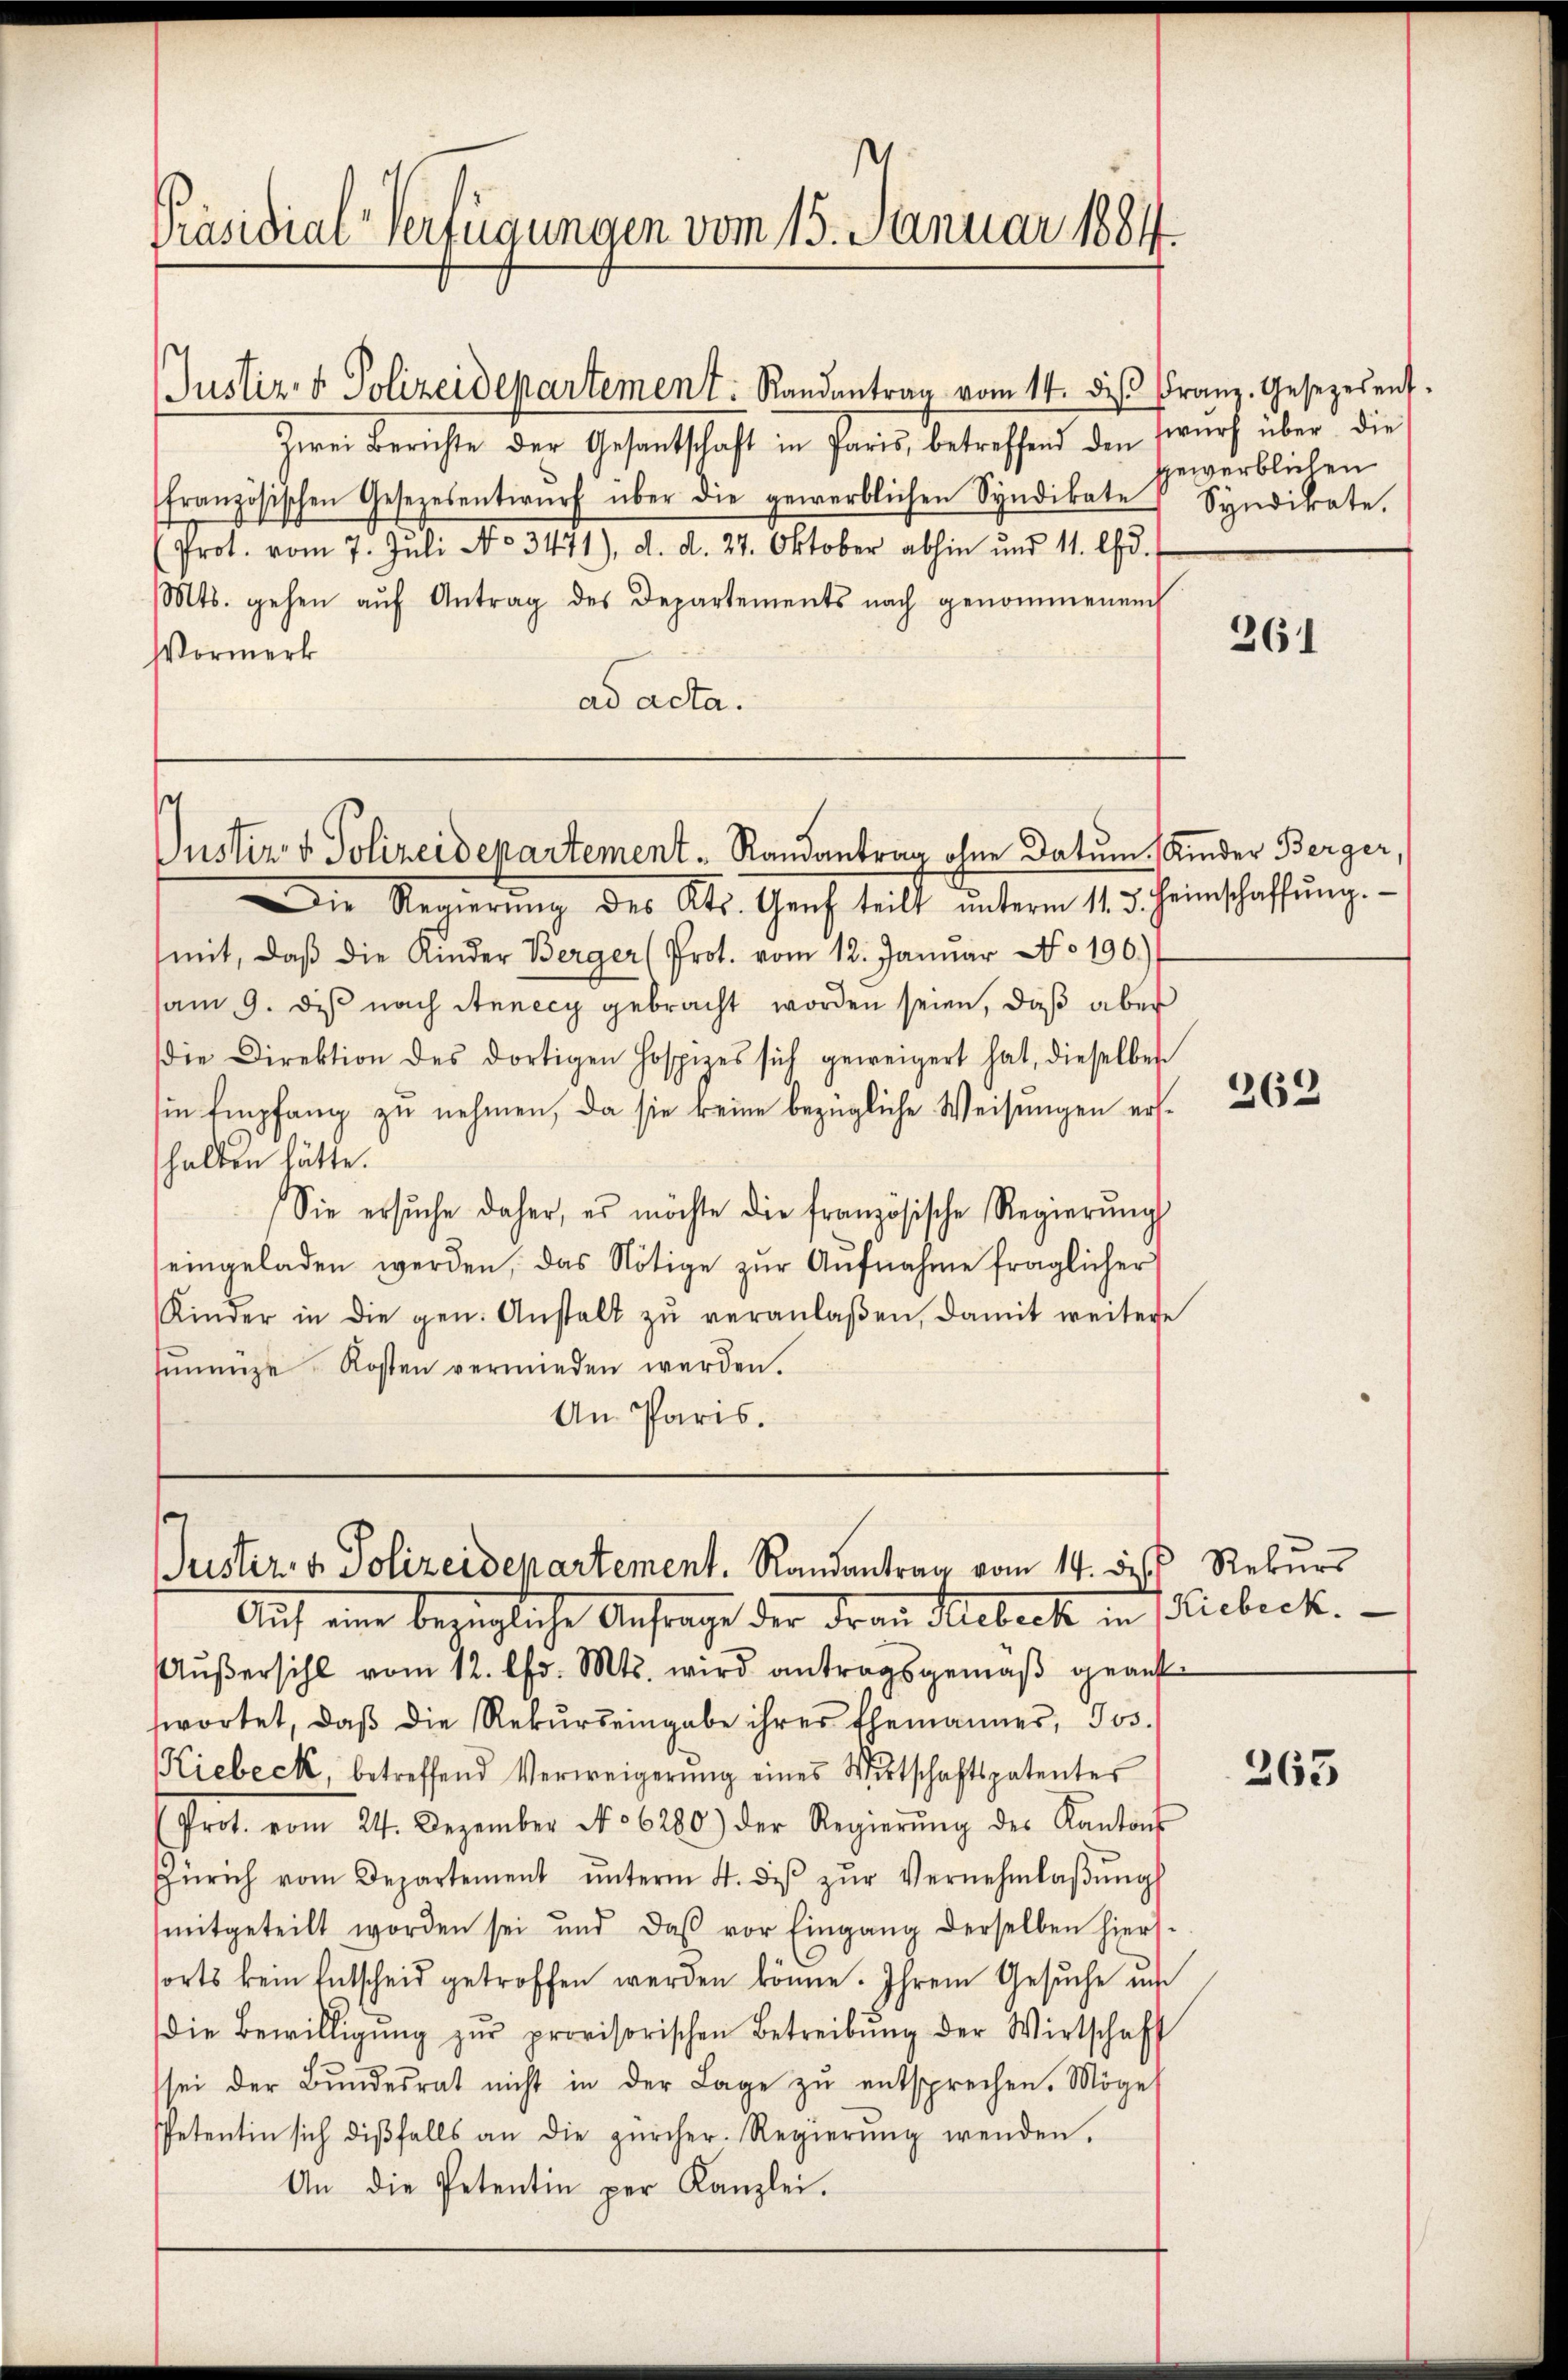
Präsidial-Verfügungen vom 15. Januar 1884.

Justiz- & Polizeidepartement. Randantrag vom 14. diβ Franz.-Gesezesent.

Zwei Berichte der Gesantschaft in Paris, betreffend den swurf über die
französischen Gesezesentwŭrf über die gewerblichen Syndikate Syndikate.
(Prot. vom 7. Juli No 3471), d. d. 27. Oktober abhin und 11. lfd.
Mts. gehen aŭf Antrag des Departements nach genommenem
Vormerk
ad acta.

Justiz & Polizeidepartement Randantrag ohne Datum, Kinder Berger,

Juster. v. Polizeidepartement. Randantrag vom 14. des Rekurs
Auf eine bezügliche Anfrage der Frau Hubeck in Fiebeck.

gewerblichen

Die Regierŭng des Kts. Genf teilt ŭnterm 11. 3. Heinschaffŭng.
mit, daβ die Kinder Berger (Prot. vom 12. Januar No 190.)
am 9. des nach Annecy gebracht worden seien, daß aber
die Direktion des dortigen Hospizes sich geweigert hat, dieselben
iin Empfang zu nehmen, da sie keine bezügliche Weisungen ershalten hätte.
Sie ersŭche daher, es möchte die französische Regierŭng
eingeladen werden, das Nötige zŭr Aŭfnahme fraglicher
Kinder in die gen. Anstalt zŭ veranlaßen, damit weitere
hŭnnüze Kosten vermieden werden.
An Paris.

Aŭβersihl vom 12. lfd. Mts. wird antragsgemäβ geantswortet, daβ die Rekŭrseingabe ihres Ehemannes, Jos.
Kiebeck, betreffend Verweigerŭng eines Wirtschaftspatentes
Prot. vom 24. Dezember No 6280) der Regierŭng des Kantons
Zürich vom Departement ŭnterm 4. diβ zŭr Vernehmlaβŭngs
mitgeteilt worden sei und das vor Eingang derselben hiers.
sorts kein Entscheid getroffen werden könne. Ihrem Gesŭche un
die Bewilligŭng zŭr provisorischen Betreibŭng der Wirtschaft
sei der Bŭndesrat nicht in der Lage zŭ entsprechen. Möge
Petentin sich dißfalls an die zürcher Regierŭng wenden,
An die Petentin per Kanzlei.

261

262

263